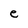
Character: e